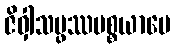
ဇိဝှါသမ္ဖဿပစ္စယာပေ